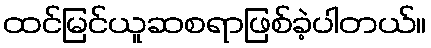
ထင်မြင်ယူဆစရာဖြစ်ခဲ့ပါတယ်။